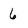
Character: 6